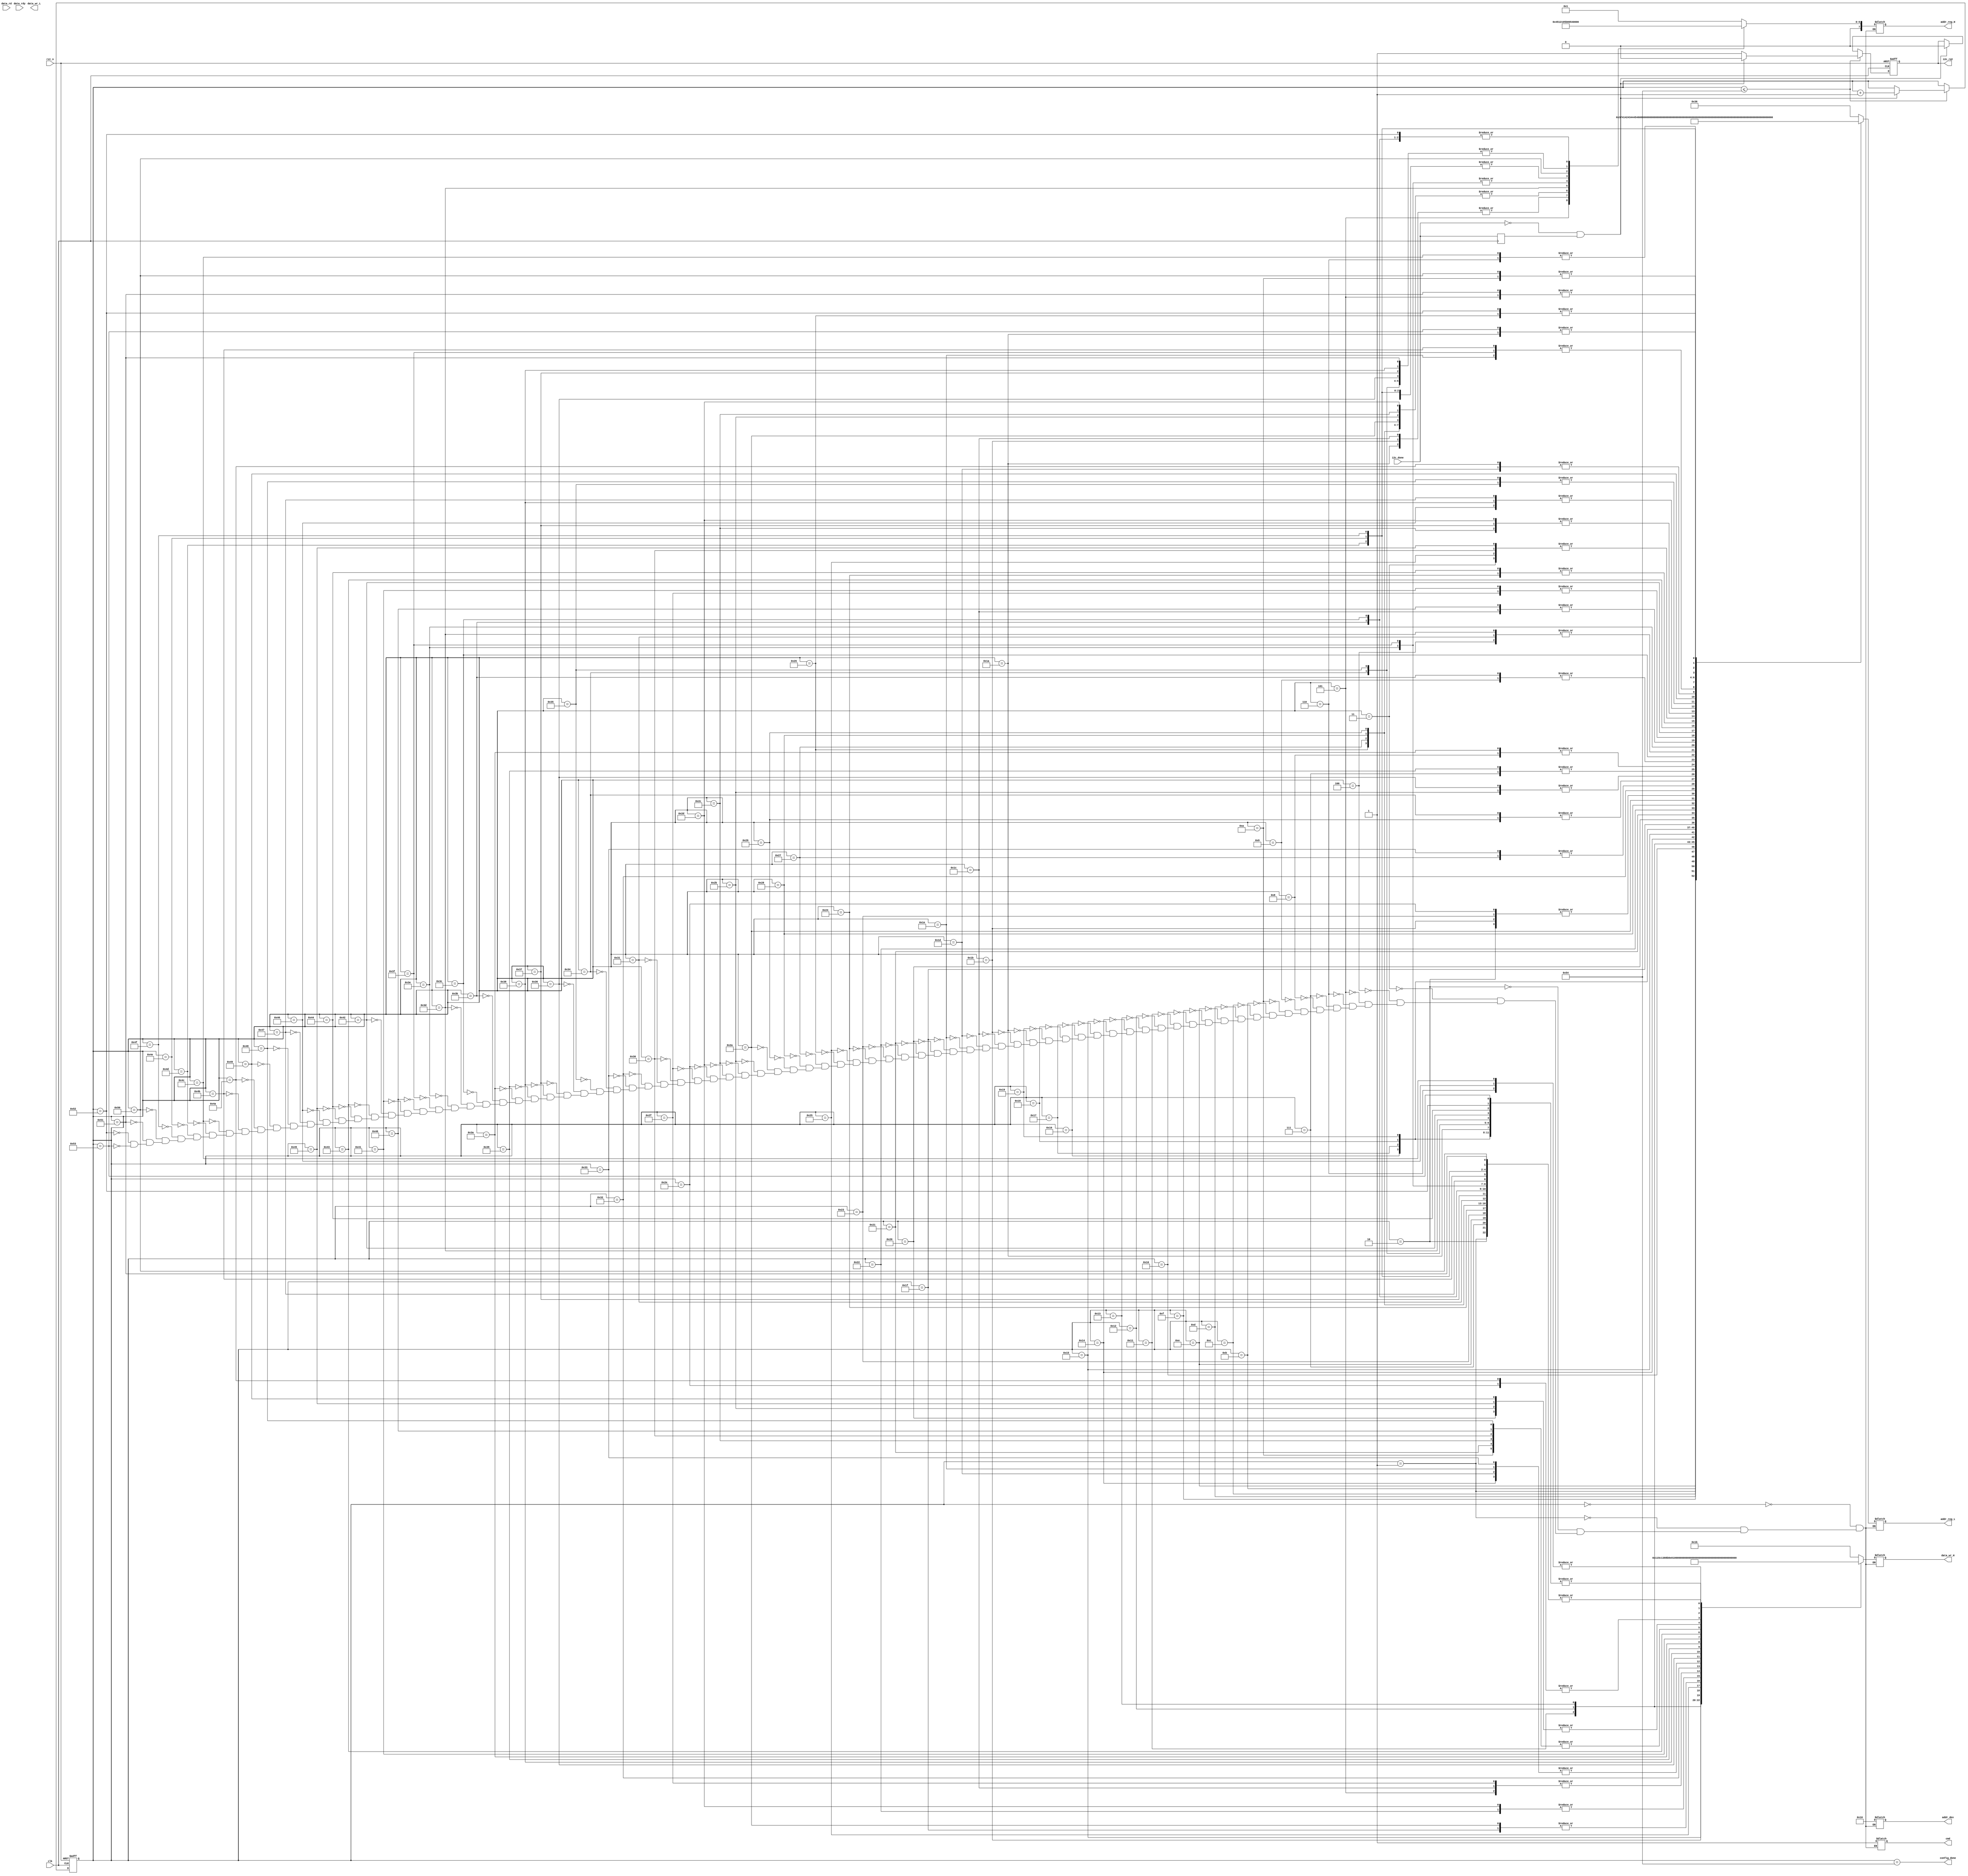
//////////////////////////////////////////////////////////////////////////////////
// Module Name:    i2c_ctrl 
// Description:    
// generate the instruction to config the  tvp5154/saa7129 devices iva I2C
// 0.1 --- December 18 2009 --- File Created
// Additional Comments: 
//
//////////////////////////////////////////////////////////////////////////////////

`timescale 1ns / 1ps
module i2c_ctrl (
   input  wire       rst_n      ,
   input  wire       clk        ,
   output wire       config_done,
   output reg        cmd        ,
   output reg  [6:0] addr_dev   ,
   output reg  [7:0] addr_reg_H ,
   output reg  [7:0] addr_reg_L ,
   output reg  [7:0] data_wr_H  ,
   output reg  [7:0] data_wr_L  ,
   input  wire       data_rdy   ,
   input  wire [7:0] data_rd    ,
   input  wire       i2c_done   ,
   output reg        i2c_rqt

   )/* synthesis syn_preserve=1 */
   /* synthesis syn_hier = "hard" */;


   reg               i2c_done_s1;
   reg [11:0]         step_cnt;
   wire              i2c_done_neg;

   
   parameter  
      WRITE= 1,
      READ = 0;

   
   parameter ADDR_SENSOR  =7'h10;

   always@(posedge clk ) i2c_done_s1<=i2c_done;
   assign i2c_done_neg = !i2c_done && i2c_done_s1;
  
   always@(posedge clk or  negedge rst_n) begin
      if(!rst_n) begin
         i2c_rqt <= 0;
         step_cnt<=0;   
      end
      else if ( step_cnt<=84) begin // TBD: how many registers need to be configured.
        if(i2c_done_neg) begin
           step_cnt<=step_cnt+1; 
           i2c_rqt <= 1'b0;
        end
        else
           i2c_rqt <= 1'b1;
      end
      else if (i2c_done_neg)
         i2c_rqt <= 1'b0;
   end
   
assign config_done = (step_cnt==84);

// TBD: how many registers need to be configured. slave_addr=0x20 (write 8-bit) slave_addr=0x21 (read 8-bit)
// i2c write format: start slave_addr ACK reg_addr_byte1 ACK reg_addr_byte2 ACK write_data_byte1 ACK write_data_byte2 ACK stop
   always@(*) begin
         case( step_cnt)

             0:   begin cmd=WRITE; addr_dev=ADDR_SENSOR; addr_reg_H=8'h01; addr_reg_L=8'h36; data_wr_H=8'h1B; end//external clock settings 27 MHz
             1:   begin cmd=WRITE; addr_dev=ADDR_SENSOR; addr_reg_H=8'h01; addr_reg_L=8'h37; data_wr_H=8'h00; end

             2:   begin cmd=WRITE; addr_dev=ADDR_SENSOR; addr_reg_H=8'h01; addr_reg_L=8'h01; data_wr_H=8'h00; end // Image Orientation  normal/normal
             3:   begin cmd=WRITE; addr_dev=ADDR_SENSOR; addr_reg_H=8'h01; addr_reg_L=8'h05; data_wr_H=8'h01; end // Mask Corrupted Frames - On
             4:   begin cmd=WRITE; addr_dev=ADDR_SENSOR; addr_reg_H=8'h01; addr_reg_L=8'h06; data_wr_H=8'h01; end // Fast Standby - On
             //Mystery Register
             5:   begin cmd=WRITE; addr_dev=ADDR_SENSOR; addr_reg_H=8'h45; addr_reg_L=8'h50; data_wr_H=8'h02; end //?????

             //MODE SETTINGS 1080P60
             6:   begin cmd=WRITE; addr_dev=ADDR_SENSOR; addr_reg_H=8'h01; addr_reg_L=8'h14; data_wr_H=8'h03; end  // CSI Lane Mode -- 4 lanes
             7:   begin cmd=WRITE; addr_dev=ADDR_SENSOR; addr_reg_H=8'h02; addr_reg_L=8'h20; data_wr_H=8'h00; end  // HDR mode - Normal
             8:   begin cmd=WRITE; addr_dev=ADDR_SENSOR; addr_reg_H=8'h02; addr_reg_L=8'h21; data_wr_H=8'h11; end  // Resolution Reduction
             9:   begin cmd=WRITE; addr_dev=ADDR_SENSOR; addr_reg_H=8'h02; addr_reg_L=8'h22; data_wr_H=8'h01; end  // Exposure Ratio

            10:   begin cmd=WRITE; addr_dev=ADDR_SENSOR; addr_reg_H=8'h03; addr_reg_L=8'h40; data_wr_H=8'h04; end // Total number of lines per frame (16-bit) - divisable by 2
            11:   begin cmd=WRITE; addr_dev=ADDR_SENSOR; addr_reg_H=8'h03; addr_reg_L=8'h41; data_wr_H=8'h5C; end // h45C = 1116
            12:   begin cmd=WRITE; addr_dev=ADDR_SENSOR; addr_reg_H=8'h03; addr_reg_L=8'h42; data_wr_H=8'h13; end // Total number of pixels per line (16-bit) - divisable by 8
            13:   begin cmd=WRITE; addr_dev=ADDR_SENSOR; addr_reg_H=8'h03; addr_reg_L=8'h43; data_wr_H=8'h88; end // h1388 = 5000
				
            //Imaging area
            14:   begin cmd=WRITE; addr_dev=ADDR_SENSOR; addr_reg_H=8'h03; addr_reg_L=8'h44; data_wr_H=8'h00; end // X address start
            15:   begin cmd=WRITE; addr_dev=ADDR_SENSOR; addr_reg_H=8'h03; addr_reg_L=8'h45; data_wr_H=8'hB8; end //
            16:   begin cmd=WRITE; addr_dev=ADDR_SENSOR; addr_reg_H=8'h03; addr_reg_L=8'h46; data_wr_H=8'h01; end // Y addrss start
            17:   begin cmd=WRITE; addr_dev=ADDR_SENSOR; addr_reg_H=8'h03; addr_reg_L=8'h47; data_wr_H=8'hE0; end //
            18:   begin cmd=WRITE; addr_dev=ADDR_SENSOR; addr_reg_H=8'h03; addr_reg_L=8'h48; data_wr_H=8'h0F; end // X address end
            19:   begin cmd=WRITE; addr_dev=ADDR_SENSOR; addr_reg_H=8'h03; addr_reg_L=8'h49; data_wr_H=8'hB7; end //
            20:   begin cmd=WRITE; addr_dev=ADDR_SENSOR; addr_reg_H=8'h03; addr_reg_L=8'h4A; data_wr_H=8'h0A; end // Y address end
            21:   begin cmd=WRITE; addr_dev=ADDR_SENSOR; addr_reg_H=8'h03; addr_reg_L=8'h4B; data_wr_H=8'h4F; end //
            //Subsampling
            22:   begin cmd=WRITE; addr_dev=ADDR_SENSOR; addr_reg_H=8'h03; addr_reg_L=8'h81; data_wr_H=8'h01; end // X Increment for even pixels
            23:   begin cmd=WRITE; addr_dev=ADDR_SENSOR; addr_reg_H=8'h03; addr_reg_L=8'h83; data_wr_H=8'h01; end // X Increment for odd pixels
            24:   begin cmd=WRITE; addr_dev=ADDR_SENSOR; addr_reg_H=8'h03; addr_reg_L=8'h85; data_wr_H=8'h01; end // Y Incremetn for even pixels
            25:   begin cmd=WRITE; addr_dev=ADDR_SENSOR; addr_reg_H=8'h03; addr_reg_L=8'h87; data_wr_H=8'h01; end // Y Increment for odd pixels
            //Binning
            26:   begin cmd=WRITE; addr_dev=ADDR_SENSOR; addr_reg_H=8'h09; addr_reg_L=8'h00; data_wr_H=8'h01; end // Binning Mode - Enable
            27:   begin cmd=WRITE; addr_dev=ADDR_SENSOR; addr_reg_H=8'h09; addr_reg_L=8'h01; data_wr_H=8'h22; end // Binning Type - 22 - V:1/2, H:1/2
            28:   begin cmd=WRITE; addr_dev=ADDR_SENSOR; addr_reg_H=8'h09; addr_reg_L=8'h02; data_wr_H=8'h02; end // Binning Weight - Bayer weighting 02
            //Data Format
            29:   begin cmd=WRITE; addr_dev=ADDR_SENSOR; addr_reg_H=8'h01; addr_reg_L=8'h12; data_wr_H=8'h0A; end // OUTPUT SIZE SETTINGS - RAW10
            30:   begin cmd=WRITE; addr_dev=ADDR_SENSOR; addr_reg_H=8'h01; addr_reg_L=8'h13; data_wr_H=8'h0A; end
            //Crop Size
            31:   begin cmd=WRITE; addr_dev=ADDR_SENSOR; addr_reg_H=8'h03; addr_reg_L=8'h4C; data_wr_H=8'h07; end // Output X Crop Size   h0780 = 1920
            32:   begin cmd=WRITE; addr_dev=ADDR_SENSOR; addr_reg_H=8'h03; addr_reg_L=8'h4D; data_wr_H=8'h80; end // 
            33:   begin cmd=WRITE; addr_dev=ADDR_SENSOR; addr_reg_H=8'h03; addr_reg_L=8'h4E; data_wr_H=8'h04; end // Output Y Crop Size   h0438 = 1080
            34:   begin cmd=WRITE; addr_dev=ADDR_SENSOR; addr_reg_H=8'h03; addr_reg_L=8'h4F; data_wr_H=8'h38; end //
				
            35:   begin cmd=WRITE; addr_dev=ADDR_SENSOR; addr_reg_H=8'h04; addr_reg_L=8'h01; data_wr_H=8'h00; end // Scaling Mode - No scaling
            36:   begin cmd=WRITE; addr_dev=ADDR_SENSOR; addr_reg_H=8'h04; addr_reg_L=8'h04; data_wr_H=8'h00; end // Down Scale Factor - 9-bit
            37:   begin cmd=WRITE; addr_dev=ADDR_SENSOR; addr_reg_H=8'h04; addr_reg_L=8'h05; data_wr_H=8'h10; end // 
				
            38:   begin cmd=WRITE; addr_dev=ADDR_SENSOR; addr_reg_H=8'h04; addr_reg_L=8'h08; data_wr_H=8'h00; end // Digital Crop X offset   
            39:   begin cmd=WRITE; addr_dev=ADDR_SENSOR; addr_reg_H=8'h04; addr_reg_L=8'h09; data_wr_H=8'h00; end //
            40:   begin cmd=WRITE; addr_dev=ADDR_SENSOR; addr_reg_H=8'h04; addr_reg_L=8'h0A; data_wr_H=8'h00; end // Digital Crop Y offset
            41:   begin cmd=WRITE; addr_dev=ADDR_SENSOR; addr_reg_H=8'h04; addr_reg_L=8'h0B; data_wr_H=8'h00; end //
            42:   begin cmd=WRITE; addr_dev=ADDR_SENSOR; addr_reg_H=8'h04; addr_reg_L=8'h0C; data_wr_H=8'h07; end // Digital Crop image width
            43:   begin cmd=WRITE; addr_dev=ADDR_SENSOR; addr_reg_H=8'h04; addr_reg_L=8'h0D; data_wr_H=8'h80; end //
            44:   begin cmd=WRITE; addr_dev=ADDR_SENSOR; addr_reg_H=8'h04; addr_reg_L=8'h0E; data_wr_H=8'h04; end // Digital Crop image height
            45:   begin cmd=WRITE; addr_dev=ADDR_SENSOR; addr_reg_H=8'h04; addr_reg_L=8'h0F; data_wr_H=8'h38; end //
		
            //CLOCK SETTING
            46:   begin cmd=WRITE; addr_dev=ADDR_SENSOR; addr_reg_H=8'h03; addr_reg_L=8'h01; data_wr_H=8'h05; end // Video Timing Pixel Clock Divider 
            47:   begin cmd=WRITE; addr_dev=ADDR_SENSOR; addr_reg_H=8'h03; addr_reg_L=8'h03; data_wr_H=8'h02; end // Video Timing System Clock Divider 
            48:   begin cmd=WRITE; addr_dev=ADDR_SENSOR; addr_reg_H=8'h03; addr_reg_L=8'h05; data_wr_H=8'h04; end // Pre PLL clock divider
            49:   begin cmd=WRITE; addr_dev=ADDR_SENSOR; addr_reg_H=8'h03; addr_reg_L=8'h06; data_wr_H=8'h00; end // PLL multiplier Value - 16-bit
            50:   begin cmd=WRITE; addr_dev=ADDR_SENSOR; addr_reg_H=8'h03; addr_reg_L=8'h07; data_wr_H=8'h7C; end //
            51:   begin cmd=WRITE; addr_dev=ADDR_SENSOR; addr_reg_H=8'h03; addr_reg_L=8'h09; data_wr_H=8'h0A; end // Output Pixel Clock Divider
            52:   begin cmd=WRITE; addr_dev=ADDR_SENSOR; addr_reg_H=8'h03; addr_reg_L=8'h0B; data_wr_H=8'h01; end // Output Sys Clock Divider
            53:   begin cmd=WRITE; addr_dev=ADDR_SENSOR; addr_reg_H=8'h03; addr_reg_L=8'h10; data_wr_H=8'h01; end // PLL mode - dual
            //Dual Mode Setting
            54:   begin cmd=WRITE; addr_dev=ADDR_SENSOR; addr_reg_H=8'h03; addr_reg_L=8'h0D; data_wr_H=8'h08; end // Pre PLL Clk Op divider
            55:   begin cmd=WRITE; addr_dev=ADDR_SENSOR; addr_reg_H=8'h03; addr_reg_L=8'h0E; data_wr_H=8'h00; end // PLL OP multiplier
            56:   begin cmd=WRITE; addr_dev=ADDR_SENSOR; addr_reg_H=8'h03; addr_reg_L=8'h0F; data_wr_H=8'h6E; end //
					
            // Requested Link Bit Rate mbps
            57:   begin cmd=WRITE; addr_dev=ADDR_SENSOR; addr_reg_H=8'h08; addr_reg_L=8'h20; data_wr_H=8'h0B; end // Target Frequency 32-bit
            58:   begin cmd=WRITE; addr_dev=ADDR_SENSOR; addr_reg_H=8'h08; addr_reg_L=8'h21; data_wr_H=8'h9A; end
            59:   begin cmd=WRITE; addr_dev=ADDR_SENSOR; addr_reg_H=8'h08; addr_reg_L=8'h22; data_wr_H=8'h00; end
            60:   begin cmd=WRITE; addr_dev=ADDR_SENSOR; addr_reg_H=8'h08; addr_reg_L=8'h23; data_wr_H=8'h00; end
		
            61:   begin cmd=WRITE; addr_dev=ADDR_SENSOR; addr_reg_H=8'h0B; addr_reg_L=8'h06; data_wr_H=8'h01; end // Dynamic defect compensation -ENABLE 
            62:   begin cmd=WRITE; addr_dev=ADDR_SENSOR; addr_reg_H=8'h30; addr_reg_L=8'hA2; data_wr_H=8'h00; end // Chroma (and Luminance) Noise Reduction --off

            63:   begin cmd=WRITE; addr_dev=ADDR_SENSOR; addr_reg_H=8'h30; addr_reg_L=8'h13; data_wr_H=8'h00; end // STATS Data output - OFF
			
            64:   begin cmd=WRITE; addr_dev=ADDR_SENSOR; addr_reg_H=8'h02; addr_reg_L=8'h02; data_wr_H=8'h04; end // Coarse INTEGRATION TIME  16-bit
            65:   begin cmd=WRITE; addr_dev=ADDR_SENSOR; addr_reg_H=8'h02; addr_reg_L=8'h03; data_wr_H=8'h52; end //
            66:   begin cmd=WRITE; addr_dev=ADDR_SENSOR; addr_reg_H=8'h02; addr_reg_L=8'h24; data_wr_H=8'h01; end // Direct short INTEGRATION TIME  16-bit
            67:   begin cmd=WRITE; addr_dev=ADDR_SENSOR; addr_reg_H=8'h02; addr_reg_L=8'h25; data_wr_H=8'hF4; end //

            68:   begin cmd=WRITE; addr_dev=ADDR_SENSOR; addr_reg_H=8'h02; addr_reg_L=8'h04; data_wr_H=8'h01; end // Analogue GAIN SETTINGS 
            69:   begin cmd=WRITE; addr_dev=ADDR_SENSOR; addr_reg_H=8'h02; addr_reg_L=8'h05; data_wr_H=8'h80; end
            70:   begin cmd=WRITE; addr_dev=ADDR_SENSOR; addr_reg_H=8'h02; addr_reg_L=8'h0E; data_wr_H=8'h03; end // Digital Gain Gr
            71:   begin cmd=WRITE; addr_dev=ADDR_SENSOR; addr_reg_H=8'h02; addr_reg_L=8'h0F; data_wr_H=8'h00; end
            72:   begin cmd=WRITE; addr_dev=ADDR_SENSOR; addr_reg_H=8'h02; addr_reg_L=8'h10; data_wr_H=8'h04; end // Digital Gain R
            73:   begin cmd=WRITE; addr_dev=ADDR_SENSOR; addr_reg_H=8'h02; addr_reg_L=8'h11; data_wr_H=8'h80; end
            74:   begin cmd=WRITE; addr_dev=ADDR_SENSOR; addr_reg_H=8'h02; addr_reg_L=8'h12; data_wr_H=8'h05; end // Digital Gain B
            75:   begin cmd=WRITE; addr_dev=ADDR_SENSOR; addr_reg_H=8'h02; addr_reg_L=8'h13; data_wr_H=8'h00; end
            76:   begin cmd=WRITE; addr_dev=ADDR_SENSOR; addr_reg_H=8'h02; addr_reg_L=8'h14; data_wr_H=8'h03; end // Digital Gain Gb
            77:   begin cmd=WRITE; addr_dev=ADDR_SENSOR; addr_reg_H=8'h02; addr_reg_L=8'h15; data_wr_H=8'h00; end
            78:   begin cmd=WRITE; addr_dev=ADDR_SENSOR; addr_reg_H=8'h02; addr_reg_L=8'h16; data_wr_H=8'h00; end // Short Analogue Gain
            79:   begin cmd=WRITE; addr_dev=ADDR_SENSOR; addr_reg_H=8'h02; addr_reg_L=8'h17; data_wr_H=8'h00; end

            80:   begin cmd=WRITE; addr_dev=ADDR_SENSOR; addr_reg_H=8'h50; addr_reg_L=8'h40; data_wr_H=8'h00; end // Clock Mode during Frame Blanking - stay in HS
            81:   begin cmd=WRITE; addr_dev=ADDR_SENSOR; addr_reg_H=8'h03; addr_reg_L=8'h50; data_wr_H=8'h00; end // Frame length control - auto frame length 
  
            82:   begin cmd=WRITE; addr_dev=ADDR_SENSOR; addr_reg_H=8'h08; addr_reg_L=8'h08; data_wr_H=8'h01; end // DPHY control : Use UI control
         
            83:   begin cmd=WRITE; addr_dev=ADDR_SENSOR; addr_reg_H=8'h01; addr_reg_L=8'h00; data_wr_H=8'h01; end // Start Streaming

            default:  begin ;end    
         endcase


   end                                                                                                      
                                                                                                            
                                                                                                            
endmodule